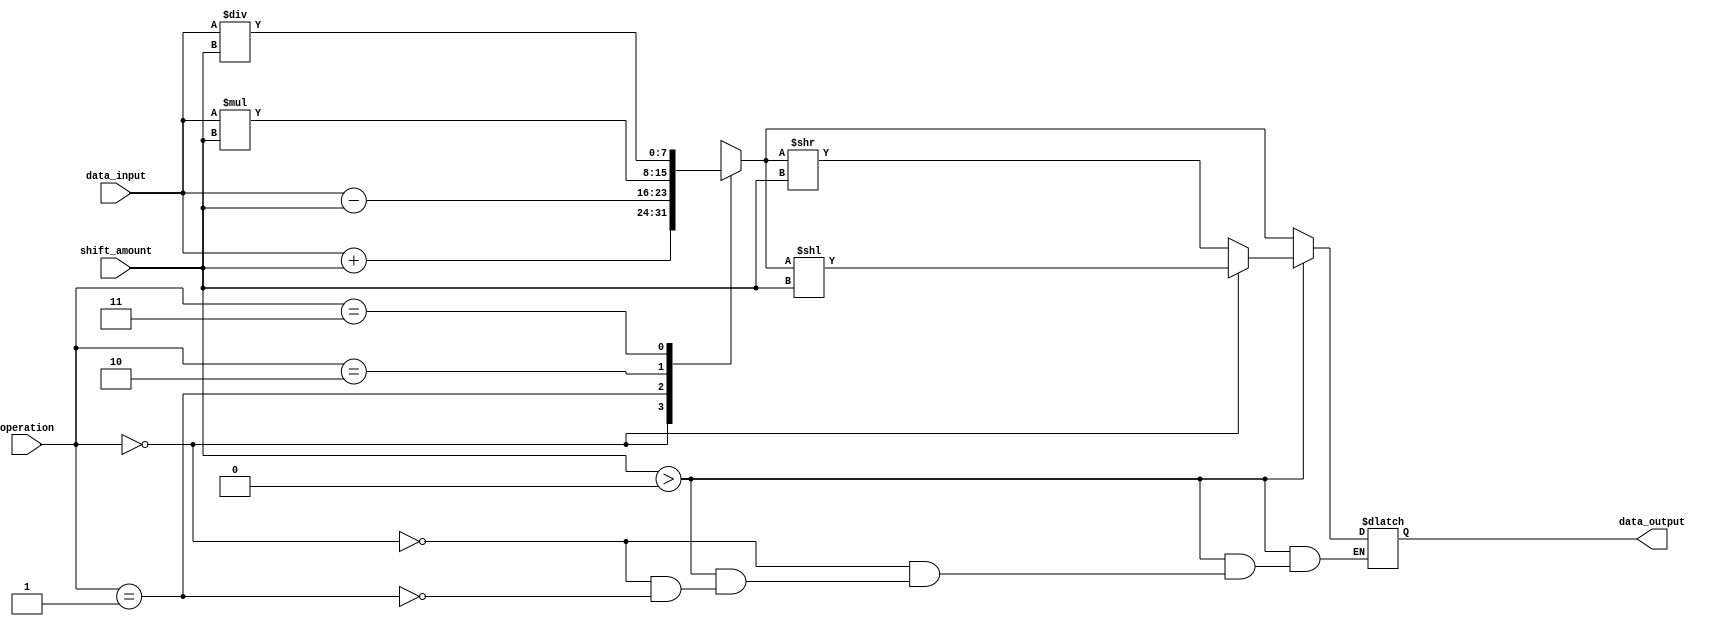
module CircularBarrelShifter(
    input [7:0] data_input,
    input [3:0] shift_amount,
    input [1:0] operation,
    output [7:0] data_output
);

reg [7:0] temp_data;
reg [7:0] shifted_data;

always @(*) begin
    case(operation)
        2'b00: temp_data = data_input + shift_amount;  // Addition
        2'b01: temp_data = data_input - shift_amount;  // Subtraction
        2'b10: temp_data = data_input * shift_amount;  // Multiplication
        2'b11: temp_data = data_input / shift_amount;  // Division
    endcase
end

always @(*) begin
    if(shift_amount > 0) begin
        if(operation == 2'b00) shifted_data = temp_data << shift_amount;  // Shift left
        else if(operation == 2'b01) shifted_data = temp_data >> shift_amount;  // Shift right
    end
    else begin
        shifted_data = temp_data;
    end
end

assign data_output = shifted_data;

endmodule